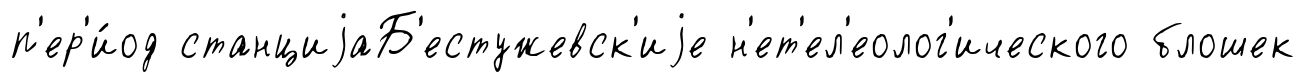
п'ер'и́од станциjаБ'естужевск'иjе н'ет'ел'еолог'ического блошек